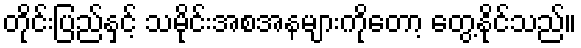
တိုင်းပြည်နှင့် သမိုင်းအစအနများကိုတော့ တွေ့နိုင်သည်။